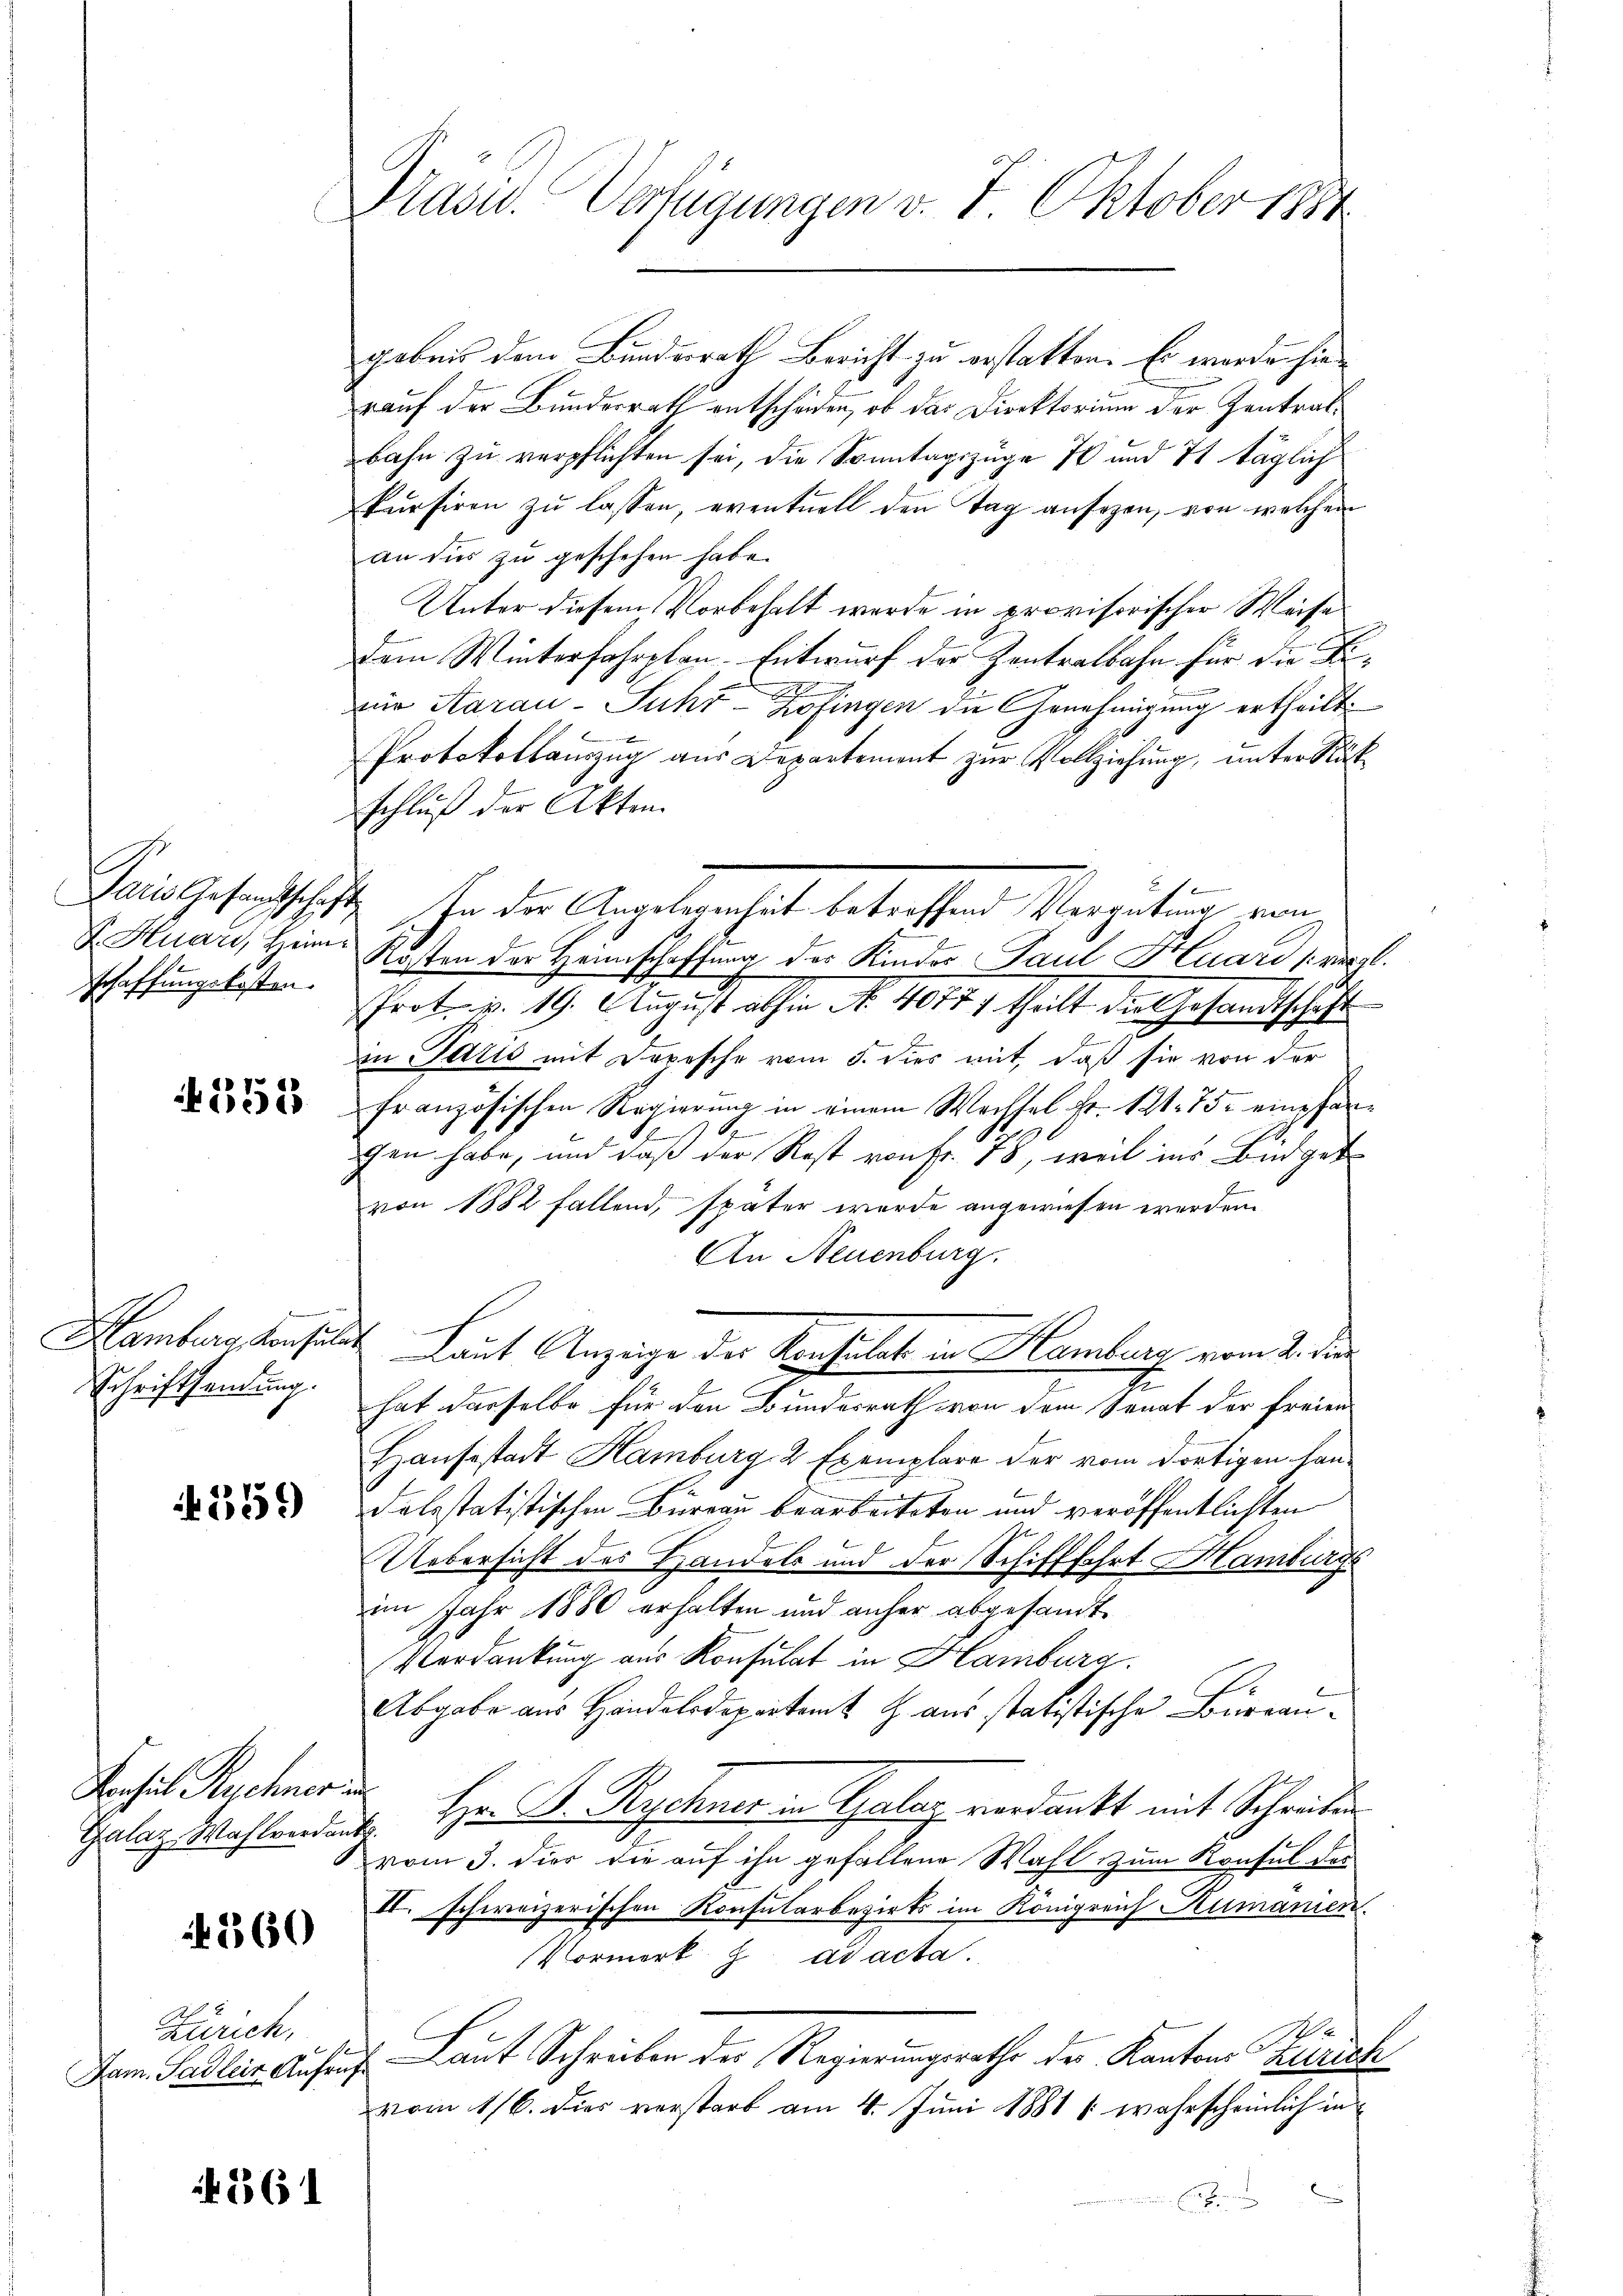
schaffungskosten.

4353

Hamburg, Konfelde
Schriftsendung.

359

Konsul Rychner in

2360

Zürich,
Dam. Gallein Aufruf

1361

Prasw. Verfügungen v. 7. Oktober 1884

gebnis dem Bundesrath Bericht zu erstatten. Es werde hierauf der Bundesrath entschäden, ob das Direktorium der Zentratbahn zu verpflichten sei, die Sonntagszüge 76 und 71 täglich
kursiren zu lassen, eventuell den Tag ansezen, von welchen
an dies zu geschehen habe.
Unter diesem Vorbehalt werde in provisorischer Weise
dem Winterfahrplan-Entwurf der Zentralbahn für die Fi¬
7
zur Aarau-Suhr- Zofingen die Genehmigung ertheilt.
Protokollauszug aus Departement zur Vollziehung, unter Rükschluß der Akten.
e
Dein Gesuchthafte, so der Angelegenheit betreffend Vergabung von
h
 Htuars, Heim. Kosten der Heimschaffung der Kinder Paul Huard (vergl.
Prot. v. 19. August abhin No. 4077) theilt die Gesandtschaft
in Paris mit Depesche vom 5. dies mit, daß sie von der
französischen Regierung in einem Wechsel Fr. 121. 75. empfangen habe, und daß der Rest von Fr. 78, weil ins Büdget
von 1882 fallend, später wurde angewiesen werden.
An Neuenburg.
Laut Anzeige der Konsulat in Hamberg vom 2. die
hat derselbe für den Bundesrath von dem Senat der freien
Hausestadt Hamburg, 2 Exemplare der vom dortigen handelsstatistischen Burgau bearbeiteten und veröffentlichten
Uebersicht des Handels und der Schifffahrt Hamburgs
im Jahr 1880 erhalten und anher abgesandt¬
Verdankung aus Konsulat in Hamburg.
Abgabe aus Handelsdepartamt Z. aus statistische Büreau¬
Galaz Wahlendet. Hr. P. Rychner in Halag verdankt mit Schreiben
vom 3. dier die auf ihn gefallene Wahl zum Konsul der
II. schweizerischen Konsularbezirks im Königreich Kumanien.
Vormerk z. ad acta.
A
Laut Schreiben des Regierungsrathe des Kantons Zürich
vom 16. dies verstarb am 4. Juni 1881 s. wahrscheinlich in
n
. Ende